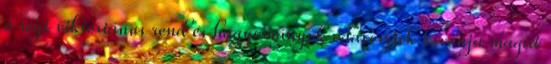
a régi viktoriánus rend és hagyományok odavesztek kivonja magát